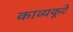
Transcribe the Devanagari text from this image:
काव्यकूटे